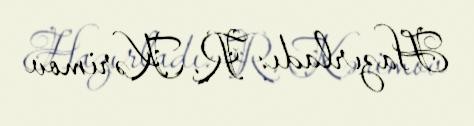
Hazırladı: R. Kərimov